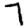
Digit: 7